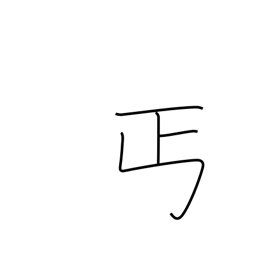
Meaning: give